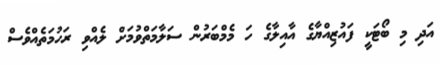
އަދި މި ބޯޓަކީ ފައުޒިއްޔާގެ އާއިލާގެ ހަ މެމްބަރުން ސަލާމަތްވުމަށް ލެއްވި ރަހުމަތެއްވެސް